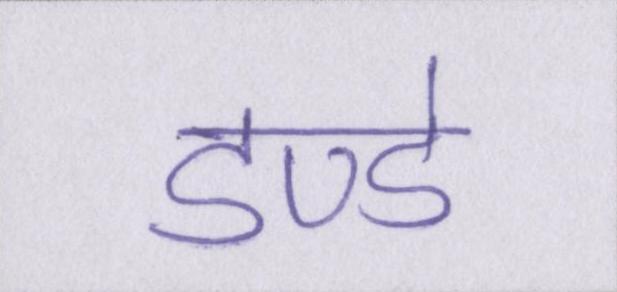
डण्डे